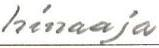
hinaaja